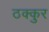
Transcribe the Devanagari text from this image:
ठक्कुर